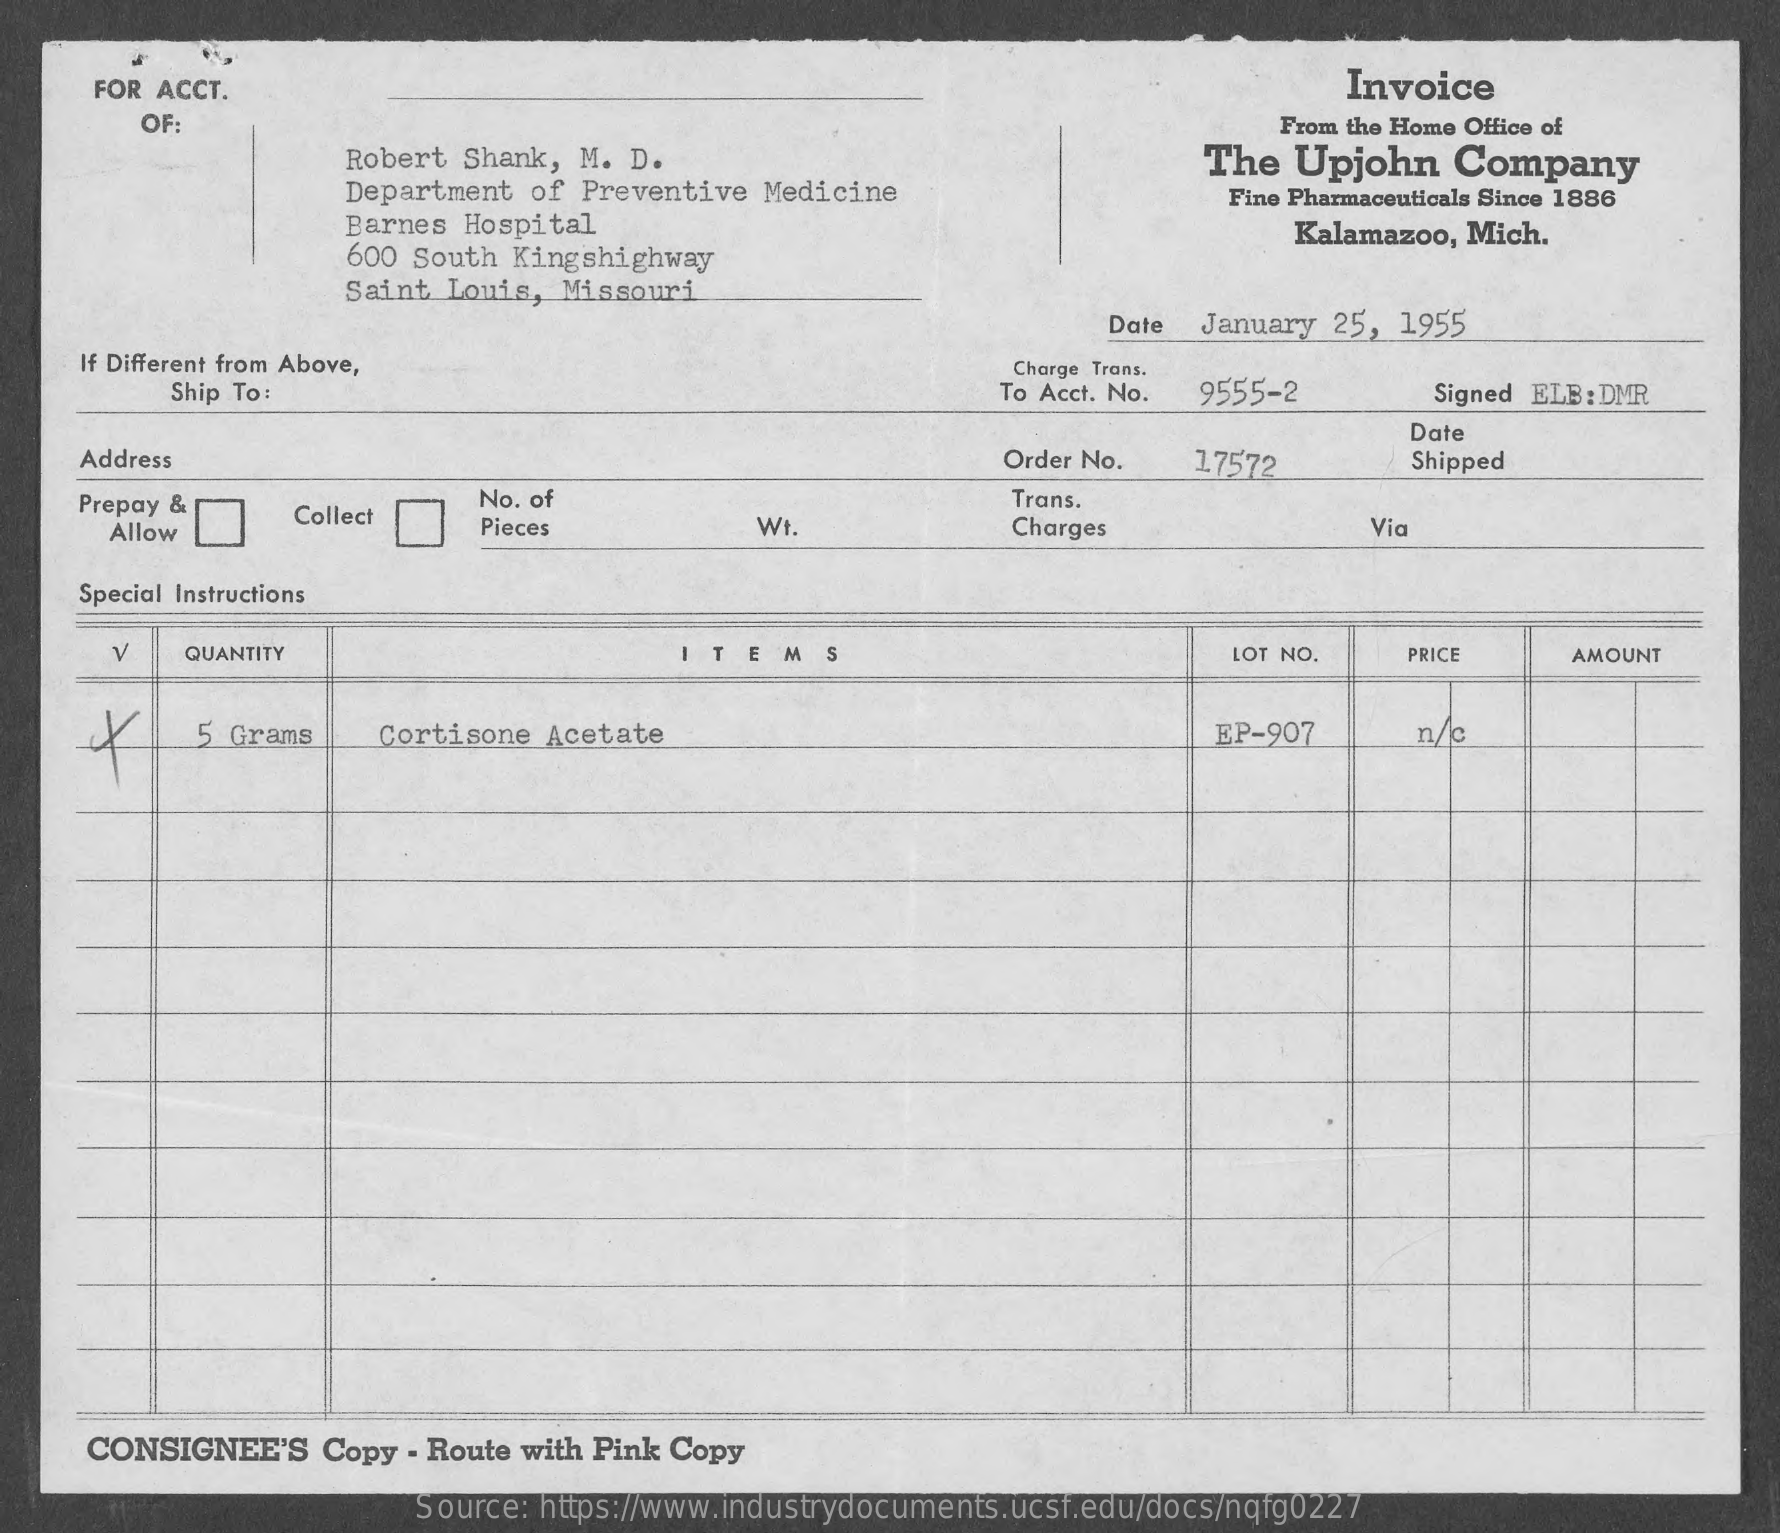
FOR ACCT.    Invoice
     OF:    From the Home Office of
     Robert Shank, M. D.    The   Upjohn    Company
     Department of Preventive  Medicine    Fine Pharmaceuticals Since 1886
     Barnes Hospital    Kalamazoo, Mich.
     600 South Kingshighway
     Saint Louis, Missouri
     Date  January 25,  1955
     If Different from Above,    Charge Trans.
     Ship To:    To Acct. No. 9555-2    Signed ELB: DMR
     Date
     Address    Order No.   17572    Shipped
     Prepay &    Trans.
     Allow
     Collect
     No. of
     Pieces    WI.    Charges    Via
     Special Instructions
     V    QUANTITY    EMS    LOT NO.    PRICE    AMOUNT
     5 Grams    Cortisone Acetate    EP-907    n/c
     CONSIGNEE'S   Copy  - Route with Pink Copy
     Source: https://www.industrydocuments.ucsf.edu/docs/nqfg0227